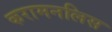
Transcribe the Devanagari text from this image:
करामनलिस